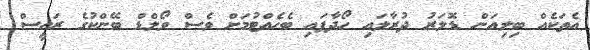
އެތަކެއް ބިލިއަން ޑޮލަރު ދުރާލައި ހޯދާފައި ބެހެއްޓުމަށް ވެސް ވޯލްޑް ބޭންކުގެ ރައީސް